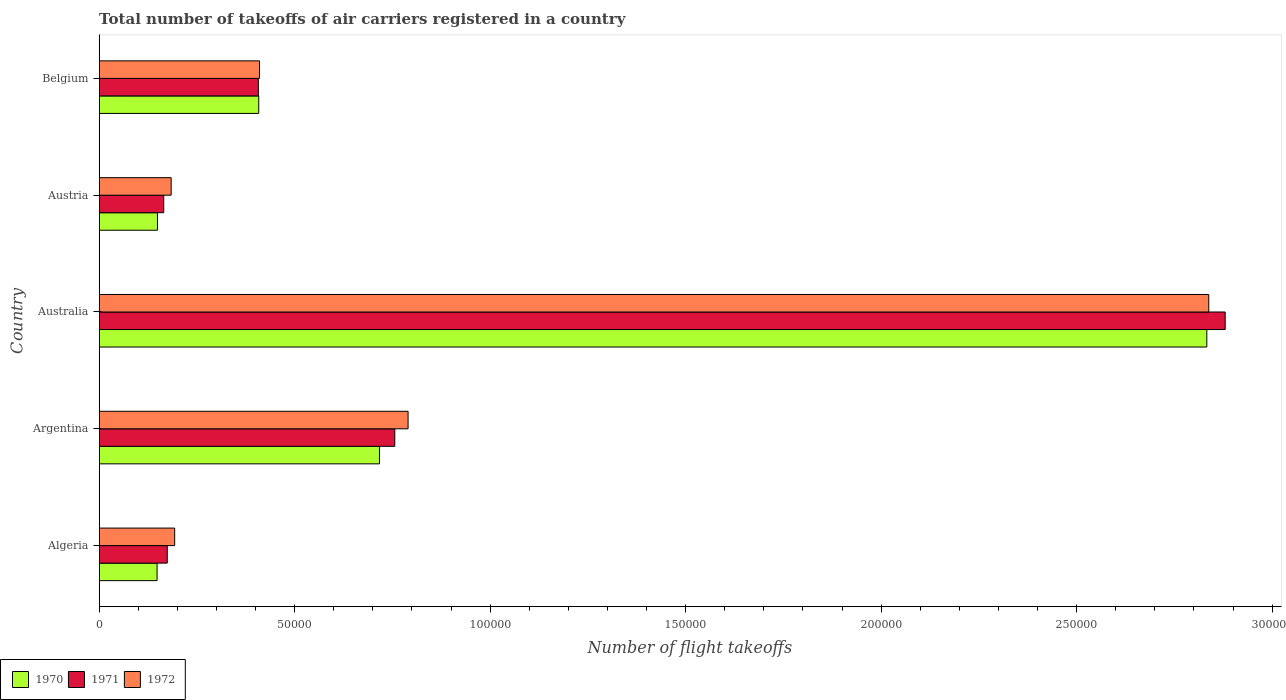
| Country | 1970 | 1971 | 1972 |
 | --- | --- | --- | --- |
 | Algeria | 1.48e+04 | 1.74e+04 | 1.93e+04 |
 | Argentina | 7.17e+04 | 7.56e+04 | 7.9e+04 |
 | Australia | 2.83e+05 | 2.88e+05 | 2.84e+05 |
 | Austria | 1.49e+04 | 1.65e+04 | 1.84e+04 |
 | Belgium | 4.08e+04 | 4.07e+04 | 4.1e+04 |